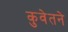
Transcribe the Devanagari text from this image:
कुवेतने